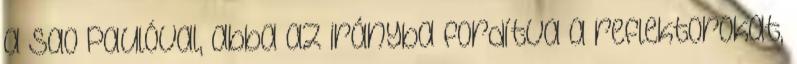
a Sao Paulóval, abba az irányba fordítva a reflektorokat,